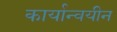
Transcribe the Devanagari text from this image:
कार्यान्वयीन